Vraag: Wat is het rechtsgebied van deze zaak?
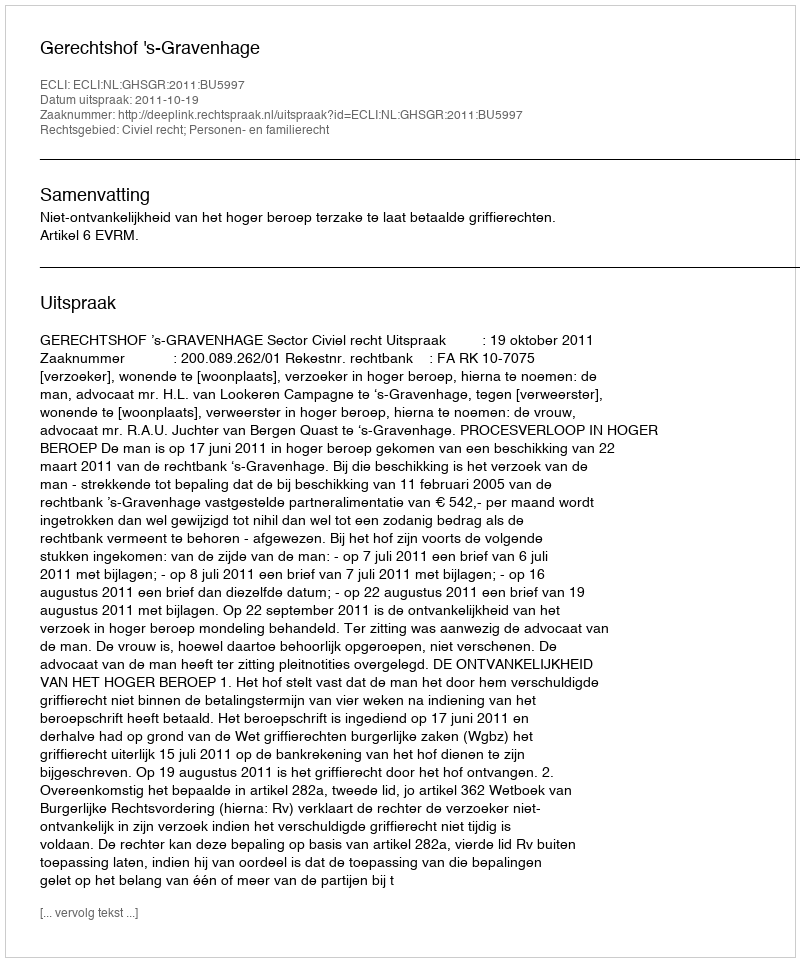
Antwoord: Civiel recht; Personen- en familierecht